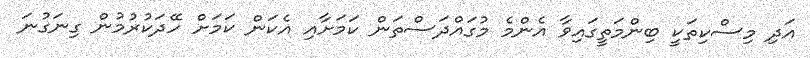
އަދި މިސްކިތަކީ ބިންމަތީގައިވާ އެންމެ މުގައްދަސްތަން ކަމަށާއި އެކަން ކަމަށް ހޭދަކުރުމުން ގިނަގުނަ